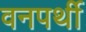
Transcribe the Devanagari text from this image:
वनपर्थी